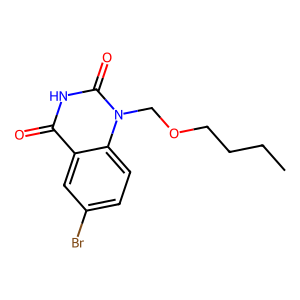
SMILES: CCCCOCn1c(=O)[nH]c(=O)c2cc(Br)ccc21
Inhibits HIV replication: No